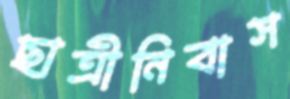
ছাত্রীনিবাস